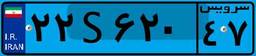
۱۸S۸۳۷۸۶